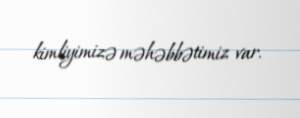
kimliyimizə məhəbbətimiz var.